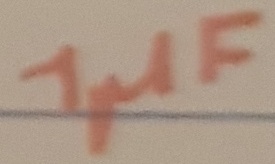
Text: 1µF